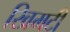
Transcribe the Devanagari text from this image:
खिमटी